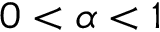
0 < \alpha < 1